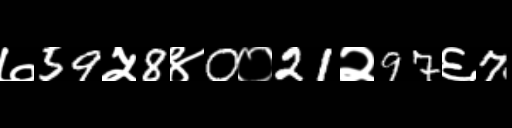
Text: ७59५8४0०21२97६7